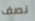
نصف